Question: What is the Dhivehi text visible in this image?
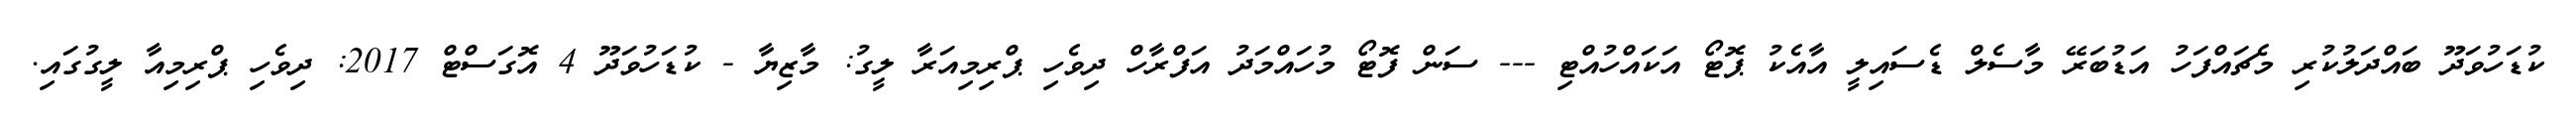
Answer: ކުޑަހުވަދޫ ބައްދަލުކުރި މެޗައްފަހު އަޑުބަރޭ މާސެލް ޑެސައިލީ އާއެކު ޕޮޓޯ އަކައްހުއްޓި --- ސަން ފޮޓޯ މުހައްމަދު އަފްރާހް ދިވެހި ޕްރިމިއަރާ ލީގު: މާޒިޔާ - ކުޑަހުވަދޫ 4 އޮގަސްޓް 2017: ދިވެހި ޕްރިމިއާ ލީގުގައި.